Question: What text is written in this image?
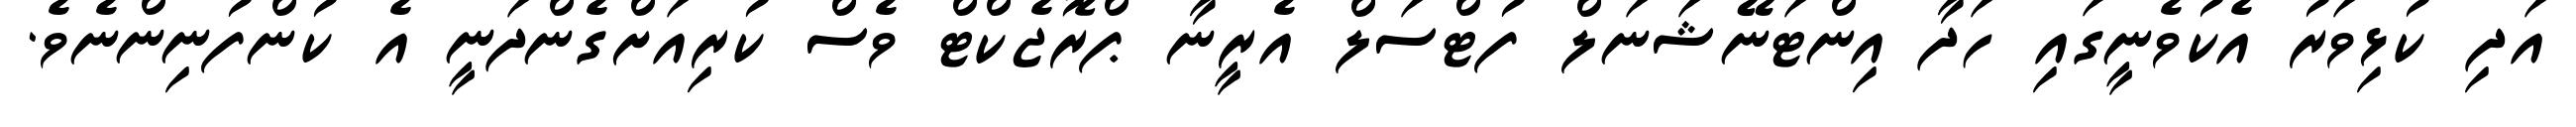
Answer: އަދި ކުޅިވަރު އެކުވެނީގައި ހަދާ އިންޓަނޭޝަނަލް ފުޓްސަލް އެރީނާ ޕްރޮޖެކްޓް ވެސް ކުރިއަށްގެންދަނީ އެ ކުންފުނިންނެވެ.